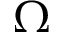
\Omega